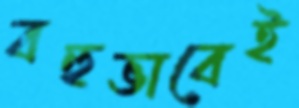
বহুভাবেই